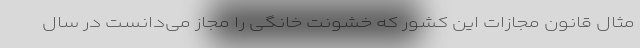
مثال قانون مجازات این کشور که خشونت خانگی را مجاز می‌دانست در سال